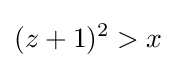
(z+1)^{2}>x